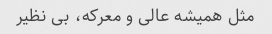
مثل همیشه عالی و معرکه، بی نظیر